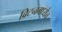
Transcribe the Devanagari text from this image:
ब्रिटनमध्येच